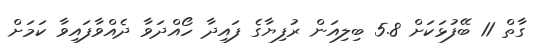
ގާތް 11 ބޭފުޅަކަށް 5.8 ބިލިއަން ރުފިޔާގެ ފައިދާ ހޯއްދަވާ ދެއްވާފައިވާ ކަމަށް